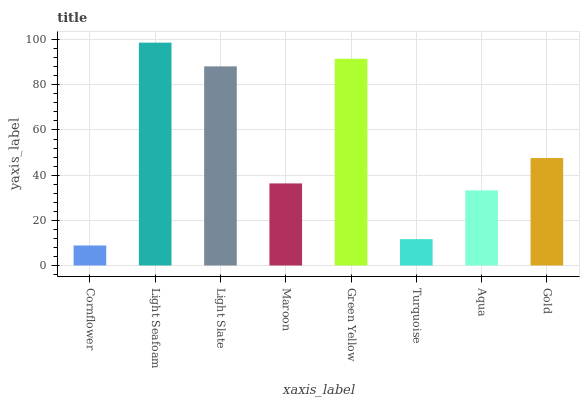
| xaxis_label | bars |
 | --- | --- |
 | Cornflower | 8.86 |
 | Light Seafoam | 98.7 |
 | Light Slate | 88.2 |
 | Maroon | 36.3 |
 | Green Yellow | 91.5 |
 | Turquoise | 11.7 |
 | Aqua | 33.3 |
 | Gold | 47.6 |